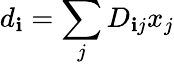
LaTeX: d_{\mathbf{i}}=\sum_{j}D_{\mathbf{i}j}x_{j}